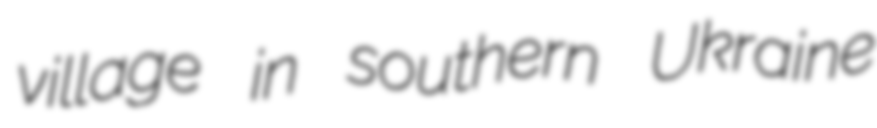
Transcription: village in southern Ukraine